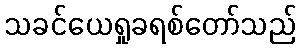
သခင်ယေရှုခရစ်တော်သည်